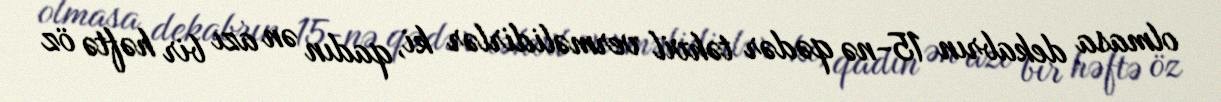
olmasa dekabrın 15-nə qədər təhvil verməlidirlər ki, qadın ən azı bir həftə öz